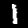
Digit: 1